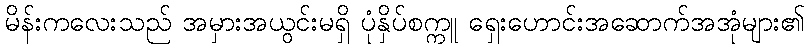
မိန်းကလေးသည် အမှားအယွင်းမရှိ ပုံနှိပ်စက္ကူ ရှေးဟောင်းအဆောက်အအုံများ၏